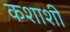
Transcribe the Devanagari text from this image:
कशाशी